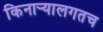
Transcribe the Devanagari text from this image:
किनार्‍यालगतच